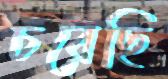
চরেছি